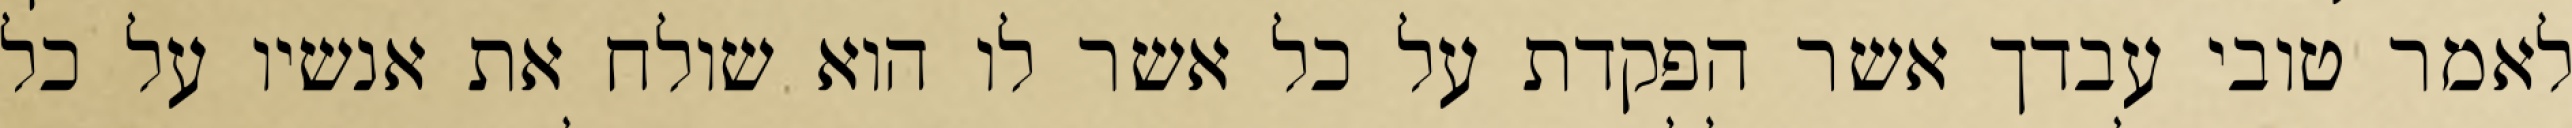
לאמר טובי עבדך אשר הפקדת על כל אשר לו הוא שולח את אנשיו על כל